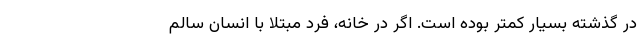
در گذشته بسیار کمتر بوده است. اگر در خانه، فرد مبتلا با انسان سالم